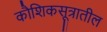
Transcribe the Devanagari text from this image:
कौशिकसूत्रातील